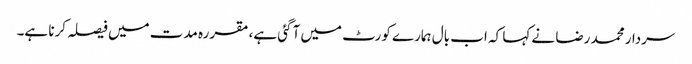
سردار محمد رضا نے کہا کہ اب بال ہمارے کورٹ میں آگئی ہے، مقررہ مدت میں فیصلہ کرنا ہے۔